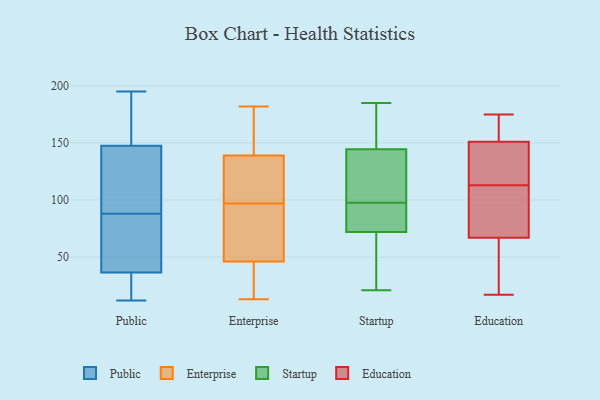
{"axis": {"x": "Bounce Rate (%)", "y": "Value"}, "legend": ["Education", "Enterprise", "Public", "Startup"], "data": [{"x": "", "y": 22, "type": "Public"}, {"x": "", "y": 147, "type": "Public"}, {"x": "", "y": 68, "type": "Public"}, {"x": "", "y": 181, "type": "Public"}, {"x": "", "y": 84, "type": "Public"}, {"x": "", "y": 43, "type": "Public"}, {"x": "", "y": 41, "type": "Public"}, {"x": "", "y": 88, "type": "Public"}, {"x": "", "y": 180, "type": "Public"}, {"x": "", "y": 149, "type": "Public"}, {"x": "", "y": 142, "type": "Public"}, {"x": "", "y": 23, "type": "Public"}, {"x": "", "y": 95, "type": "Public"}, {"x": "", "y": 19, "type": "Public"}, {"x": "", "y": 195, "type": "Public"}, {"x": "", "y": 106, "type": "Public"}, {"x": "", "y": 12, "type": "Public"}, {"x": "", "y": 104, "type": "Enterprise"}, {"x": "", "y": 13, "type": "Enterprise"}, {"x": "", "y": 94, "type": "Enterprise"}, {"x": "", "y": 22, "type": "Enterprise"}, {"x": "", "y": 100, "type": "Enterprise"}, {"x": "", "y": 40, "type": "Enterprise"}, {"x": "", "y": 53, "type": "Enterprise"}, {"x": "", "y": 15, "type": "Enterprise"}, {"x": "", "y": 141, "type": "Enterprise"}, {"x": "", "y": 115, "type": "Enterprise"}, {"x": "", "y": 77, "type": "Enterprise"}, {"x": "", "y": 166, "type": "Enterprise"}, {"x": "", "y": 104, "type": "Enterprise"}, {"x": "", "y": 68, "type": "Enterprise"}, {"x": "", "y": 52, "type": "Enterprise"}, {"x": "", "y": 144, "type": "Enterprise"}, {"x": "", "y": 142, "type": "Enterprise"}, {"x": "", "y": 182, "type": "Enterprise"}, {"x": "", "y": 137, "type": "Enterprise"}, {"x": "", "y": 16, "type": "Enterprise"}, {"x": "", "y": 21, "type": "Startup"}, {"x": "", "y": 183, "type": "Startup"}, {"x": "", "y": 106, "type": "Startup"}, {"x": "", "y": 123, "type": "Startup"}, {"x": "", "y": 127, "type": "Startup"}, {"x": "", "y": 102, "type": "Startup"}, {"x": "", "y": 185, "type": "Startup"}, {"x": "", "y": 92, "type": "Startup"}, {"x": "", "y": 183, "type": "Startup"}, {"x": "", "y": 93, "type": "Startup"}, {"x": "", "y": 29, "type": "Startup"}, {"x": "", "y": 68, "type": "Startup"}, {"x": "", "y": 70, "type": "Startup"}, {"x": "", "y": 79, "type": "Startup"}, {"x": "", "y": 74, "type": "Startup"}, {"x": "", "y": 162, "type": "Startup"}, {"x": "", "y": 112, "type": "Education"}, {"x": "", "y": 67, "type": "Education"}, {"x": "", "y": 57, "type": "Education"}, {"x": "", "y": 170, "type": "Education"}, {"x": "", "y": 25, "type": "Education"}, {"x": "", "y": 56, "type": "Education"}, {"x": "", "y": 137, "type": "Education"}, {"x": "", "y": 67, "type": "Education"}, {"x": "", "y": 17, "type": "Education"}, {"x": "", "y": 151, "type": "Education"}, {"x": "", "y": 114, "type": "Education"}, {"x": "", "y": 114, "type": "Education"}, {"x": "", "y": 145, "type": "Education"}, {"x": "", "y": 166, "type": "Education"}, {"x": "", "y": 156, "type": "Education"}, {"x": "", "y": 84, "type": "Education"}, {"x": "", "y": 90, "type": "Education"}, {"x": "", "y": 175, "type": "Education"}]}